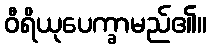
ဝီရိယုပေက္ခာမည်၏။